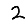
Digit: 2